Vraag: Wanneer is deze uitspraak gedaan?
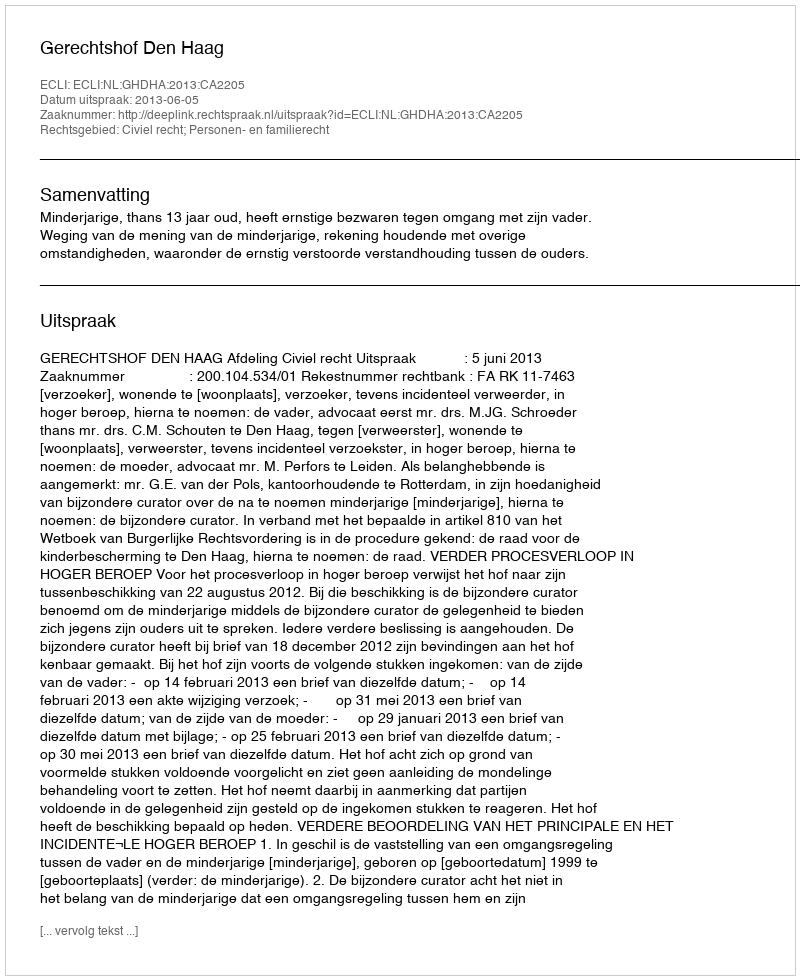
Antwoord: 2013-06-05